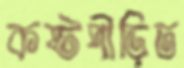
কষ্টপীড়িত